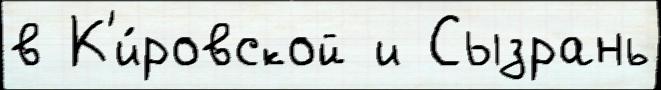
в К'и́ровской и Сызрань